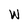
Character: W